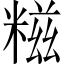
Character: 糍